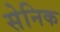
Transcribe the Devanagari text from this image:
सेनिक